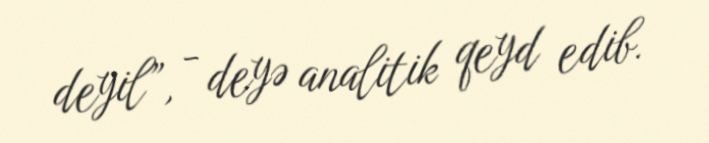
deyil”, - deyə analitik qeyd edib.